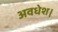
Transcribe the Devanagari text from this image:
अवधेश।